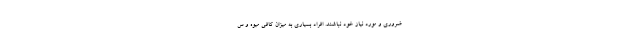
ضروری و مورد نیاز خود نباشند. افراد بسیاری به میزان کافی میوه و س